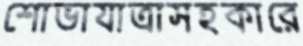
শোভাযাত্রাসহকারে